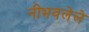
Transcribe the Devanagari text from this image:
नीभवलेले